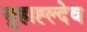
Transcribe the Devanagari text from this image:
सुहाह्ल्देव